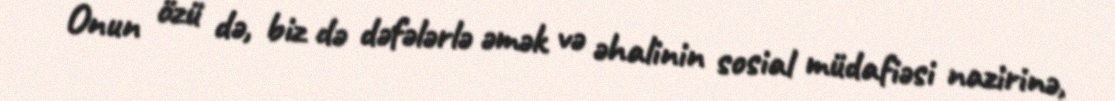
Onun özü də, biz də dəfələrlə əmək və əhalinin sosial müdafiəsi nazirinə,